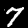
Label: 7